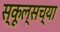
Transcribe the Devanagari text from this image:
स्कूल्सच्या